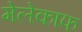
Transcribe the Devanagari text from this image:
मेलेकाफ